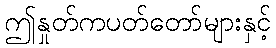
ဤနှုတ်ကပတ်တော်များနှင့်